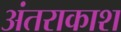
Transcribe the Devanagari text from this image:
अंतराकाश